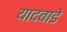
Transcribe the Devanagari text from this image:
यादवाडे